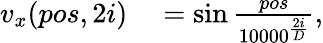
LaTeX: \begin{array}{rl}{v_{x}(pos,2i)}&{{}=\sin\frac{pos}{10000^{\frac{2i}{D}}},}\end{array}